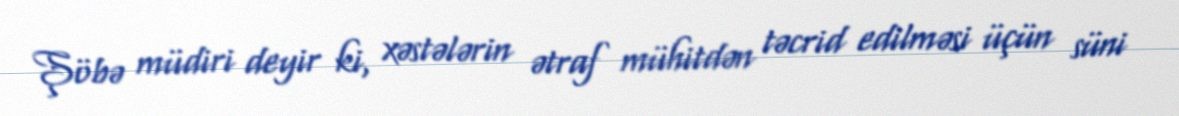
Şöbə müdiri deyir ki, xəstələrin ətraf mühitdən təcrid edilməsi üçün süni